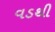
વડથી